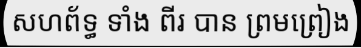
សហព័ទ្ធ ទាំង ពីរ បាន ព្រមព្រៀង